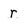
Character: r